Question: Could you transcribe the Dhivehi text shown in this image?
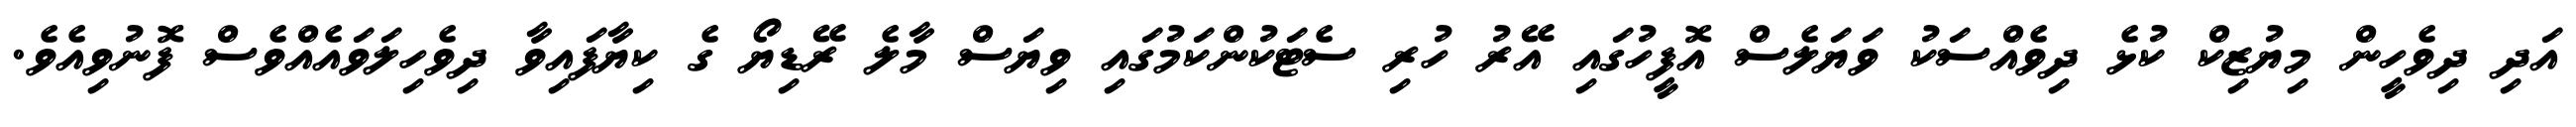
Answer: އަދި ދިވެހީން މިޔުޒިކް ކުޅެ ދިވެއްސަކު ވަޔަލެސް އޮފީހުގައި އޭރު ހުރި ސެޓަކުންކަމުގައި ވިޔަސް މާލެ ރޭޑިޔޯ ގެ ކިޔާފައިވާ ދިވެހިލަވައެއްވެސް ފޮނުވިއެވެ.